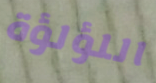
اللؤلؤة